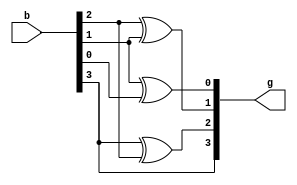
module binary_to_gray(
	input [3:0]b,
	output reg [4:0]g
);

always @(*) begin 
	
	g[3] = b[3];
	g[2] = b[3] ^ b[2];
	g[1] = b[2] ^ b[1];
	g[0] = b[1] ^ b[0];

end 
endmodule